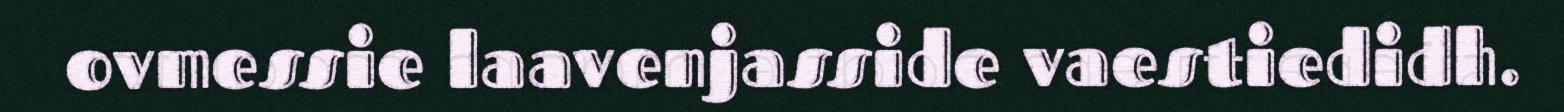
ovmessie laavenjasside vaestiedidh.